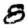
Digit: 8